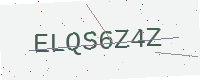
Text: ELQS6Z4Z